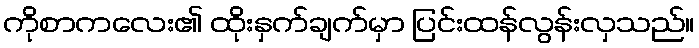
ကိုစာကလေး၏ ထိုးနှက်ချက်မှာ ပြင်းထန်လွန်းလှသည်။